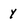
Character: y